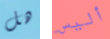
هل أليس